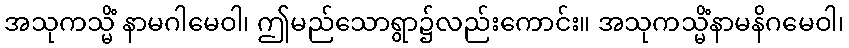
အသုကသ္မိံ နာမဂါမေဝါ၊ ဤမည်သောရွာ၌လည်းကောင်း။ အသုကသ္မိံနာမနိဂမေဝါ၊